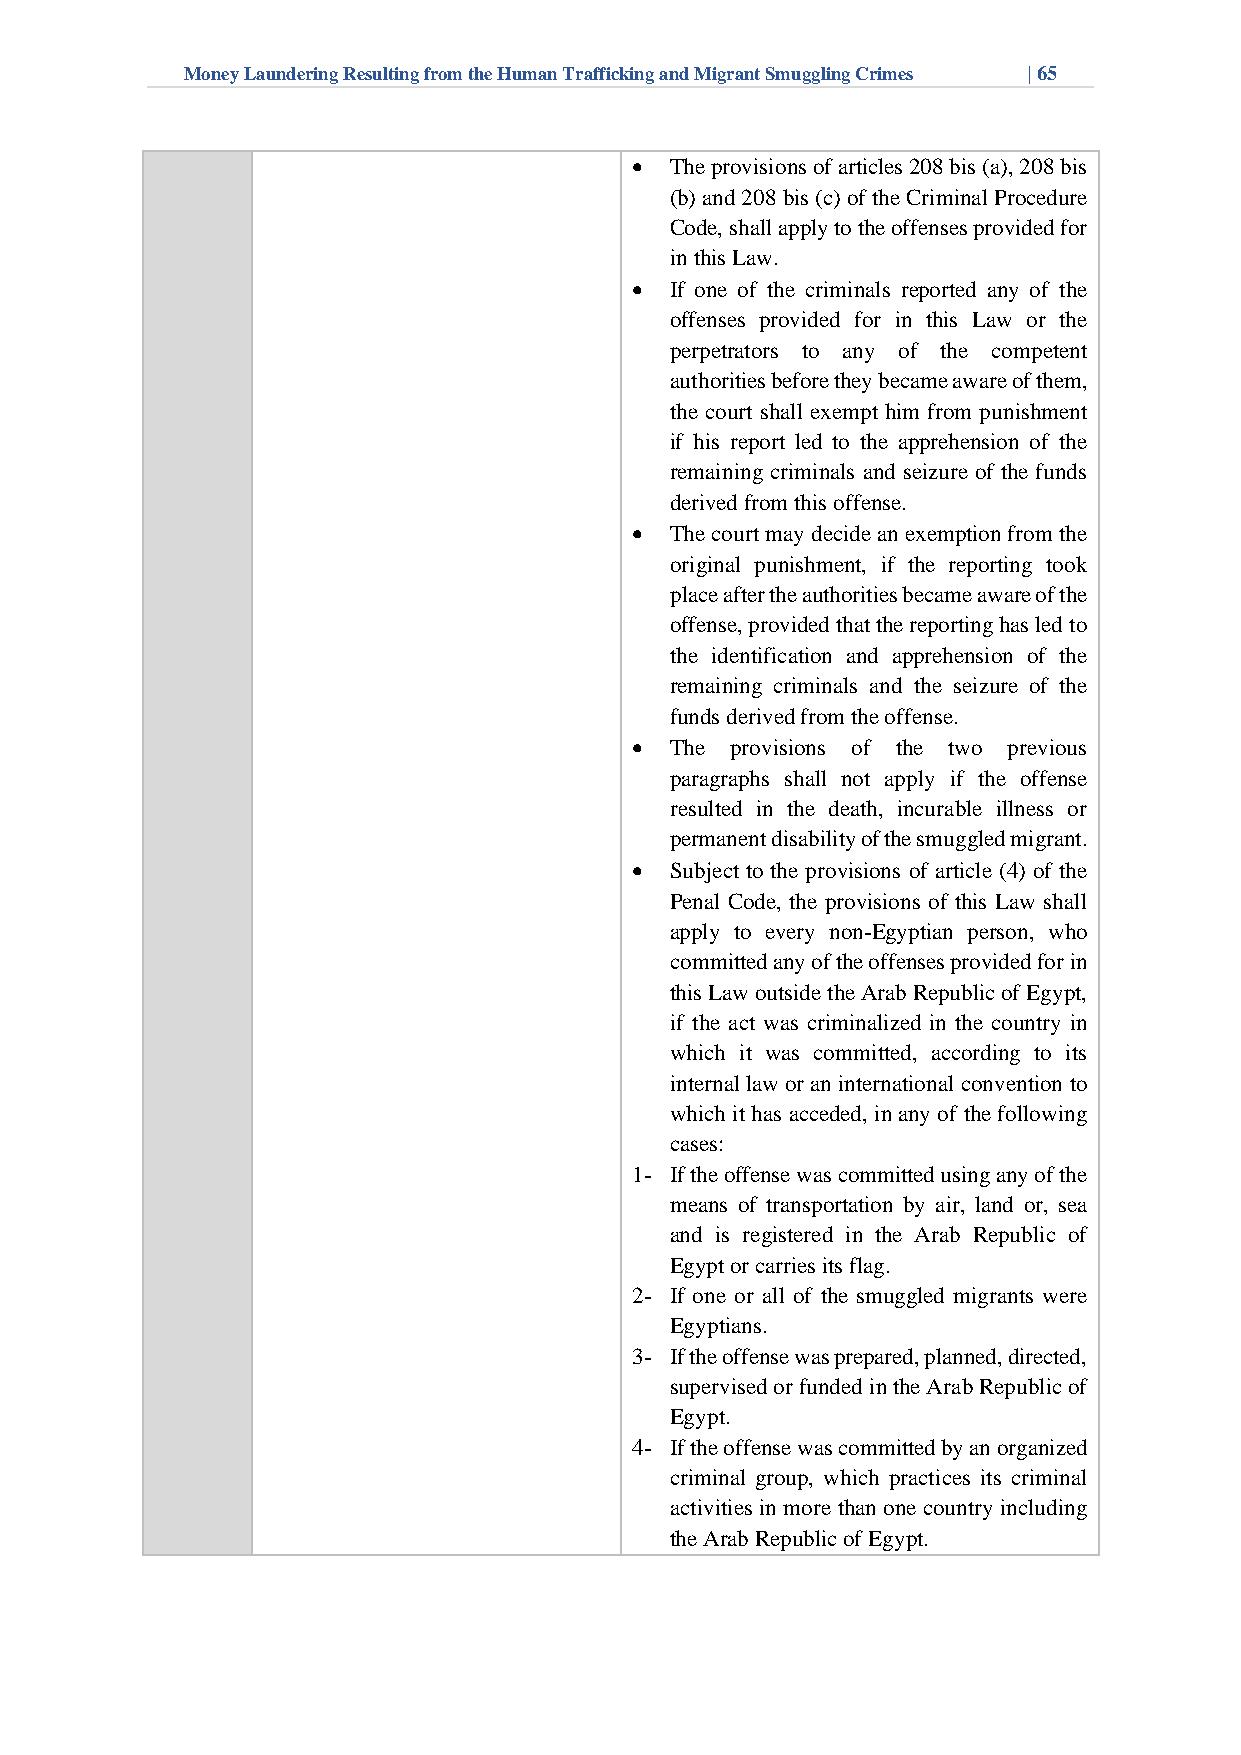
Money Laundering Resulting from the Human Trafficking and Migrant Smuggling Crimes | 65
 • The provisions of articles 208 bis (a), 208 bis
 (b) and 208 bis (c) of the Criminal Procedure
 Code, shall apply to the offenses provided for
 in this Law.
 • If one of the criminals reported any of the
 offenses provided for in this Law or the
 perpetrators to any of the competent
 authorities before they became aware of them,
 the court shall exempt him from punishment
 if his report led to the apprehension of the
 remaining criminals and seizure of the funds
 derived from this offense.
 • The court may decide an exemption from the
 original punishment, if the reporting took
 place after the authorities became aware of the
 offense, provided that the reporting has led to
 the identification and apprehension of the
 remaining criminals and the seizure of the
 funds derived from the offense.
 • The provisions of the two previous
 paragraphs shall not apply if the offense
 resulted in the death, incurable illness or
 permanent disability of the smuggled migrant.
 • Subject to the provisions of article (4) of the
 Penal Code, the provisions of this Law shall
 apply to every non-Egyptian person, who
 committed any of the offenses provided for in
 this Law outside the Arab Republic of Egypt,
 if the act was criminalized in the country in
 which it was committed, according to its
 internal law or an international convention to
 which it has acceded, in any of the following
 cases:
 1- If the offense was committed using any of the
 means of transportation by air, land or, sea
 and is registered in the Arab Republic of
 Egypt or carries its flag.
 2- If one or all of the smuggled migrants were
 Egyptians.
 3- If the offense was prepared, planned, directed,
 supervised or funded in the Arab Republic of
 Egypt.
 4- If the offense was committed by an organized
 criminal group, which practices its criminal
 activities in more than one country including
 the Arab Republic of Egypt.